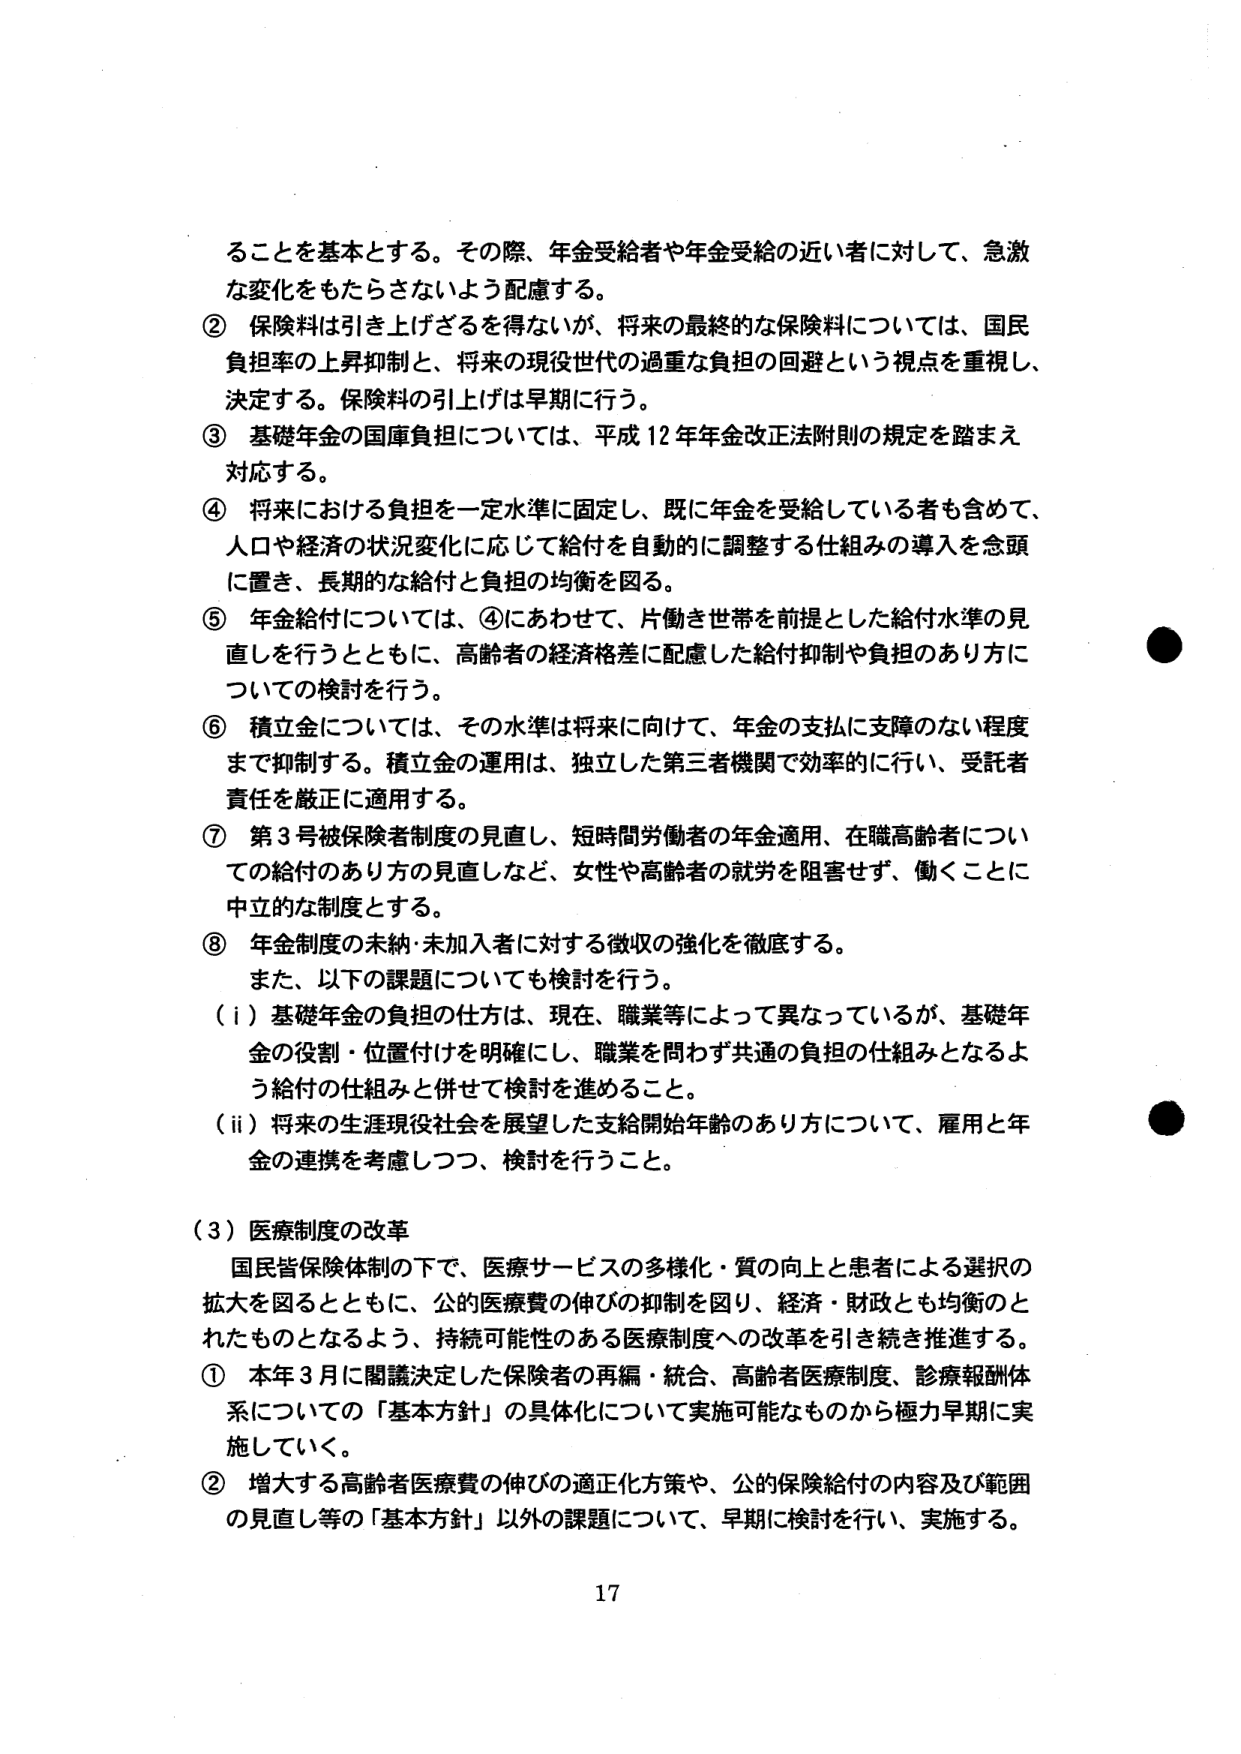
ることを基本とする。その際、年金受給者や年金受給の近い者に対して、急激な変化をもたらさないよう配慮する。

② 保険料は引き上げざるを得ないが、将来の最終的な保険料については、国民負担率の上昇抑制と、将来の現役世代の過重な負担の回避という視点を重視し、決定する。保険料の引上げは早期に行う。

③ 基礎年金の国庫負担については、平成12年年金改正法附則の規定を踏まえ対応する。

④ 将来における負担を一定水準に固定し、既に年金を受給している者も含めて、人口や経済の状況変化に応じて給付を自動的に調整する仕組みの導入を念頭に置き、長期的な給付と負担の均衡を図る。

⑤ 年金給付については、④にあわせて、片働き世帯を前提とした給付水準の見直しを行うとともに、高齢者の経済格差に配慮した給付抑制や負担のあり方についての検討を行う。

⑥ 積立金については、その水準は将来に向けて、年金の支払に支障のない程度まで抑制する。積立金の運用は、独立した第三者機関で効率的に行い、受託者責任を厳正に適用する。

⑦ 第3号被保険者制度の見直し、短時間労働者の年金適用、在職高齢者についての給付のあり方の見直しなど、女性や高齢者の就労を阻害せず、働くことに中立的な制度とする。

⑧ 年金制度の未納・未加入者に対する徴収の強化を徹底する。

また、以下の課題についても検討を行う。

（i）基礎年金の負担の仕方は、現在、職業等によって異なっているが、基礎年金の役割・位置付けを明確にし、職業を問わず共通の負担の仕組みとなるよう給付の仕組みと併せて検討を進めること。

（ii）将来の生涯現役社会を展望した支給開始年齢のあり方について、雇用と年金の連携を考慮しつつ、検討を行うこと。

（3）医療制度の改革

国民皆保険体制の下で、医療サービスの多様化・質の向上と患者による選択の拡大を図るとともに、公的医療費の伸びの抑制を図り、経済・財政とも均衡のとれたものとなるよう、持続可能性のある医療制度への改革を引き続き推進する。

① 本年3月に関議決定した保険者の再編・統合、高齢者医療制度、診療報酬体系についての「基本方針」の具体化について実施可能なものから極力早期に実施していく。

② 増大する高齢者医療費の伸びの適正化方策や、公的保険給付の内容及び範囲の見直し等の「基本方針」以外の課題について、早期に検討を行い、実施する。

17